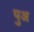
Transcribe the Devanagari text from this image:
पुअ